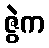
ဇွဲက